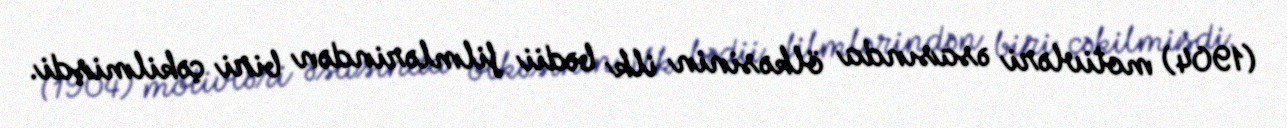
(1904) motivləri əsasında ölkəsinin ilk bədii filmlərindən biri çəkilmişdi.